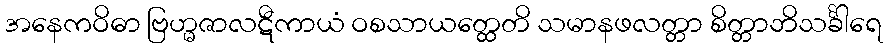
အနေကဝိဓာ ဗြဟ္မဇာလဋီကာယံ ဝစသာယတ္ထေတိ သမာနဖလတ္တာ စိတ္တာဘိသင်္ခါရေ